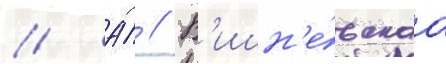
// А́ // В'ишн'е́вскаа